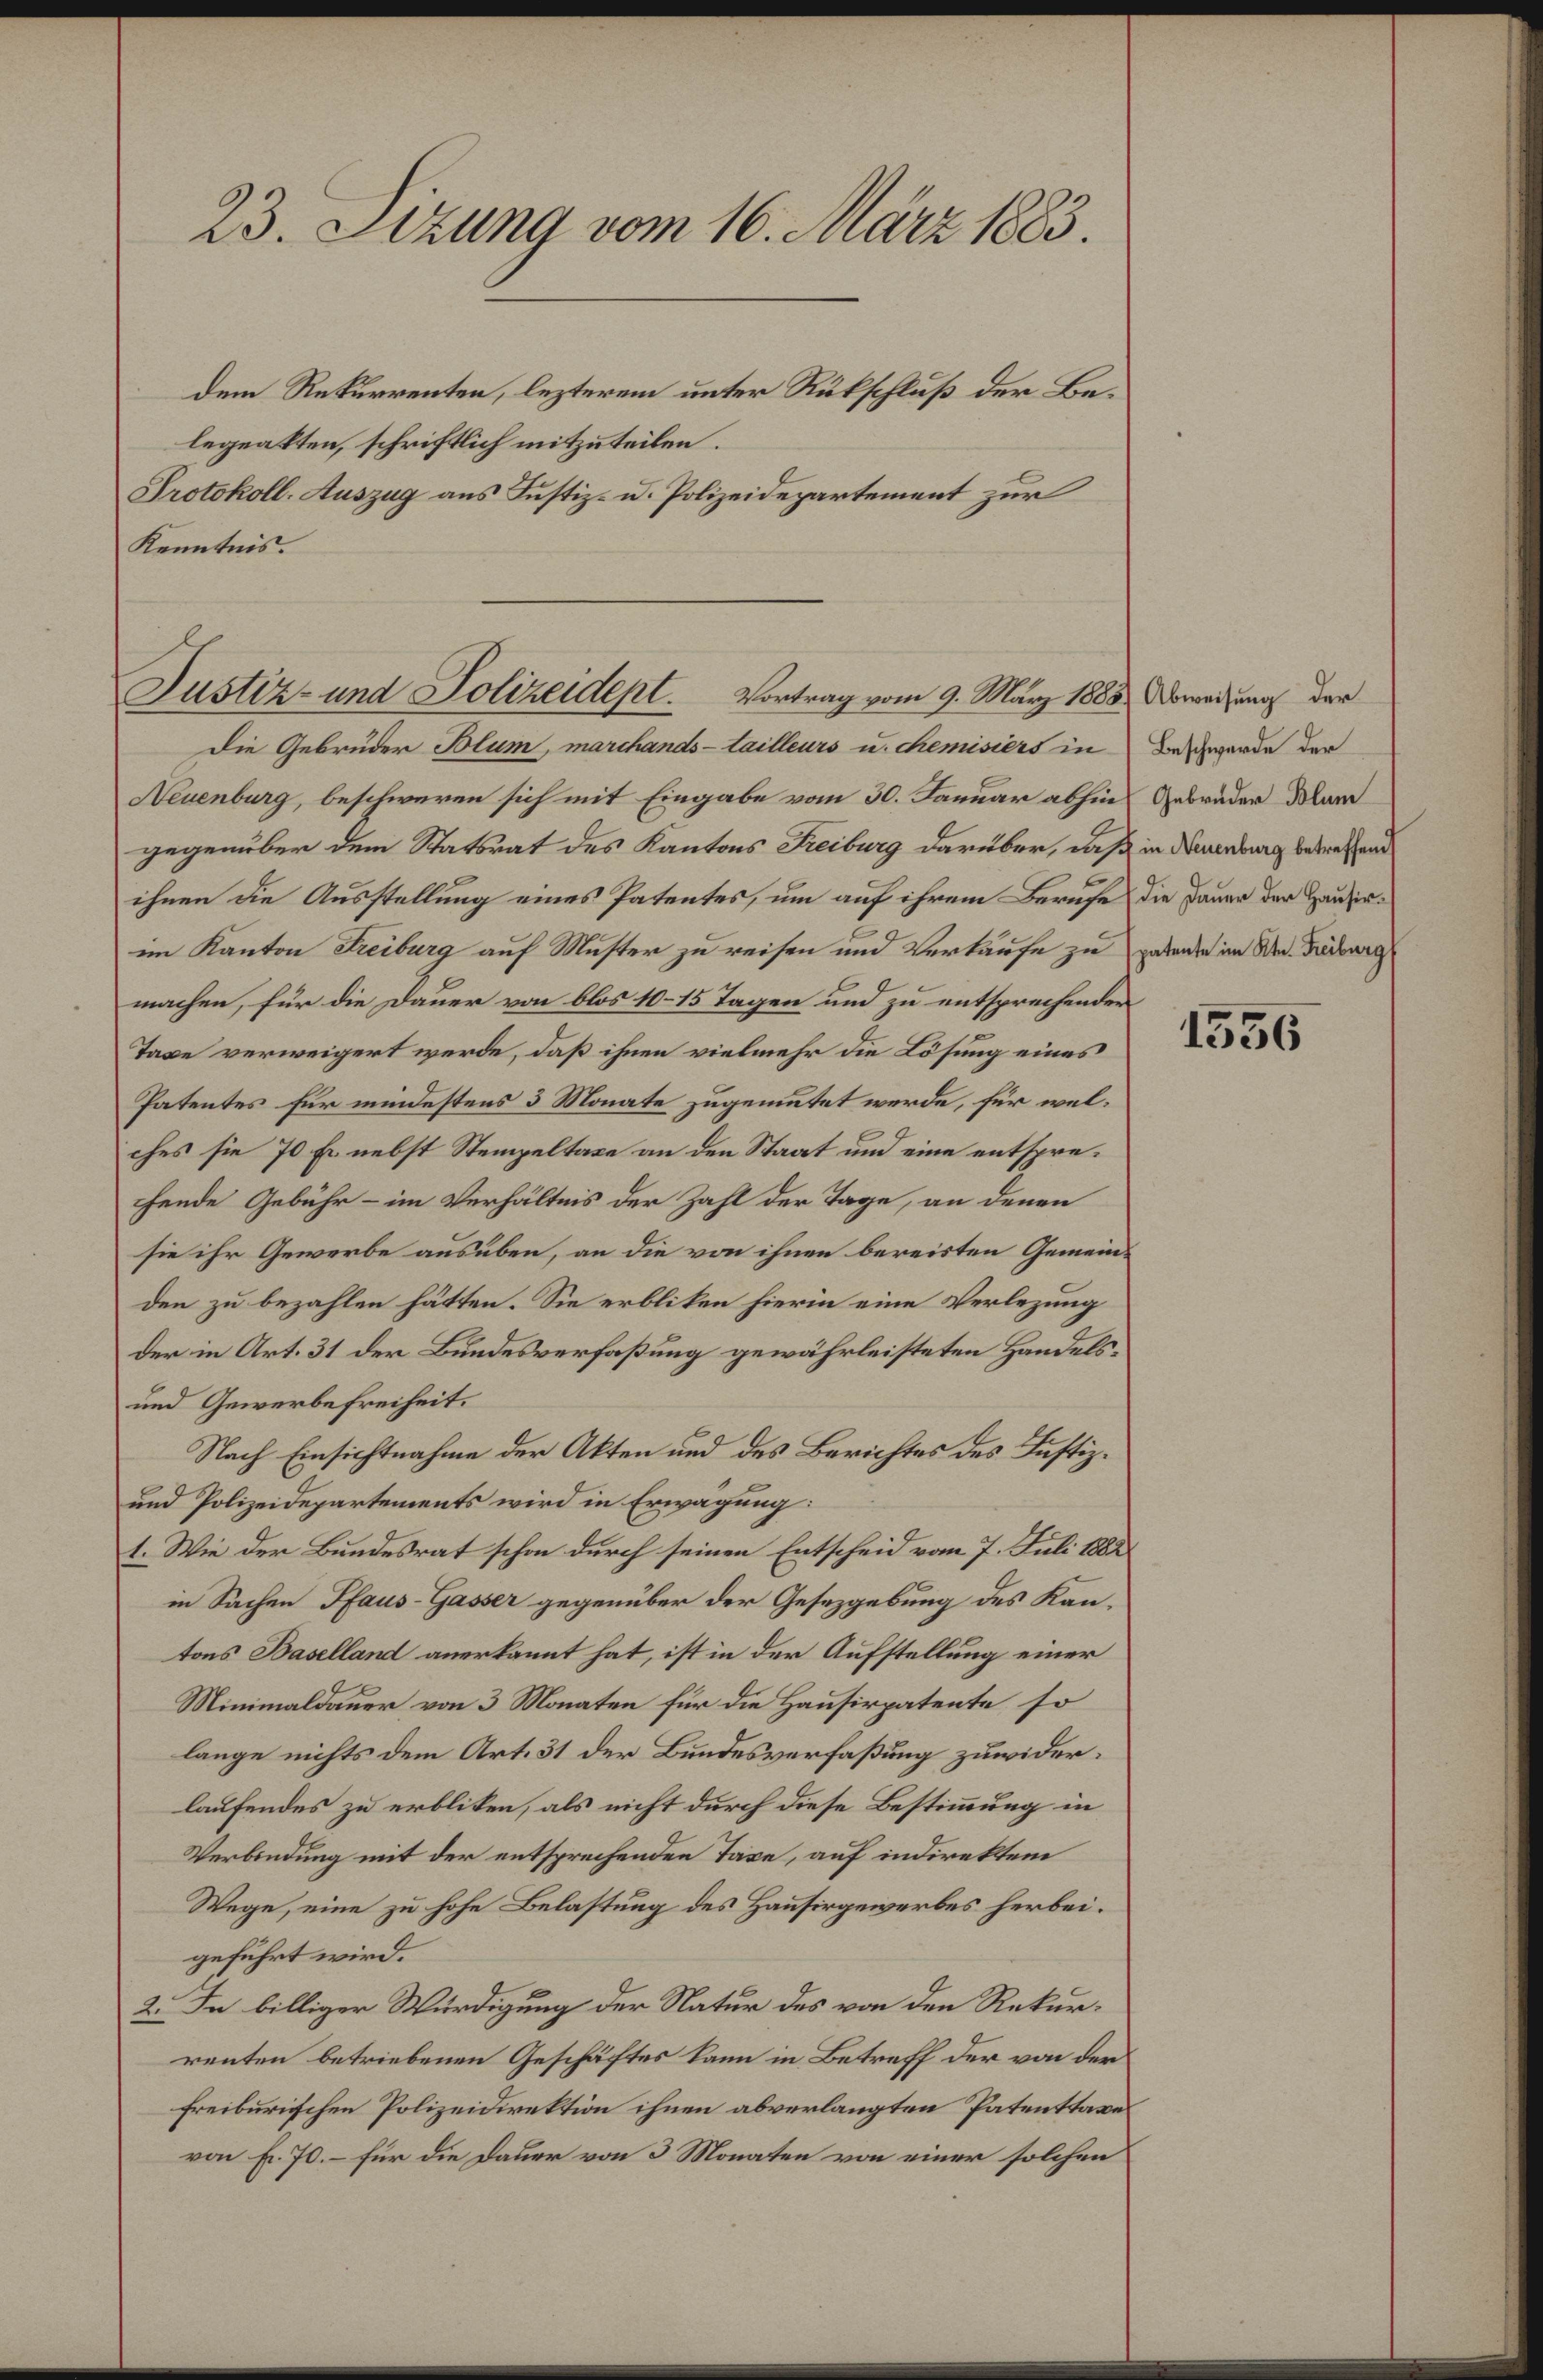
23. Sizung vom 16. März 1883.

dem Rekurrenten, lezterem unter Rückschluß der Belequatten, schriftlich mitzuteilen.
Protokoll-Auszug aus Justiz- u. Polizeidepartement zur
Kenntnis.
Die Gebrüder Blum, marchands- tailleurs u. chemisiers in Beschwerde der
Neuenburg, beschweren sich mit Eingabe vom 30. Januar abhin Gebrüder Klar
gegenüber dem Statsrat des Kantons Freiburg darüber, daß in Neuenburg betreffend
ihnen die Ausstellung eines Patentes, um auf ihrem Berufe die Dauer der Hausinim Kanton Freiburg auf Muster zu reisen und Verkaufe zu gebenden im Med. Freiburg
machen, für die Dauer von blos 10–15 Tagen und zu entsprechender
Taxe verweigert werde, daß ihnen vielmehr die Lösung eines
Patentes für mindestens 3 Monate zugemutet werde, für welches sie 70 Fr. nebst Stempeltaxe an den Staat und eine entsprehende Gebühr - im Verhältnis der Zahl der Tage, an denen
sie ihr Gewerbe ausüben, an die von ihnen bereisten Gemeinden zu bezahlen hätten. Sie erbliben hierin eine Verlegung
der in Art. 31 der Bundesverfaßung gewährleisteten Handels¬
und Gewerbefreiheit.
Nach Einsichtnahme der Akten und des Berichtes des Justiz¬
und Polizeidepartements wird in Erwägung:
1. Wie der Bundesrat schon durch seinen Entscheid vom 7. Juli 1882
in Sachen Pfaus-Gasser gegenüber der Gesetzgebung des Kantons Baselland anerkannt hat, ist in der Aufstellung einer
Minimaldauer von 3 Monaten für die Hausirpatente so
lange nichts dem Art. 31 der Bundesverfaßung zuwiderlaufendes zu erbliken, als nicht durch diese Bestimmung in
Verbindung mit der entsprechenden Taxe, auf indirekten
Wege, eine zu hohe Belastung des Hausirgewerbes herbei.
geführt wird.
2. In billiger Würdigung der Natur des von den Rekurrenten betriebenen Geschäftes kann in Betreff der von der
freiburiischen Polizeidirektion ihnen abverlangten Patenttaxe
von fr. 70. – für die Dauer von 3 Monaten von einer solchen

Justiz- und Polizeidept.       Vortrag vom 9. März 1888 Abweisung der

1556